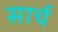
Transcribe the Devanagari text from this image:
सार्च